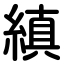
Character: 縝